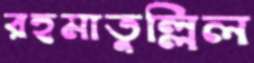
রহমাতুল্লিল